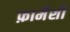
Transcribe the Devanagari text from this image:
फ़ार्मेशी